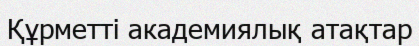
Құрметті академиялық атақтар